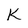
Character: k